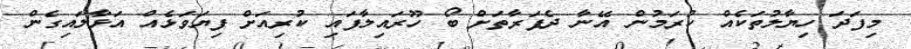
މިފަދަ ހިޔާލުތަކެއް ކުރަމުން އޭނާ ދެފަރާތަށް ބޯ ހޫރައިލާފައި ކުރިއަށް ފިޔަވަޅެއް އަޅާލައިގެން